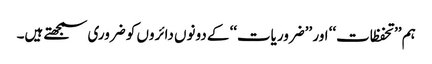
ہم ’’تحفظات‘‘ اور ’’ضروریات‘‘ کے دونوں دائروں کو ضروری سمجھتے ہیں۔